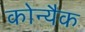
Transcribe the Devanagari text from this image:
कोन्यैक